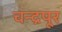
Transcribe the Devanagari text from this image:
चन्द्रपूर